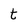
Character: t